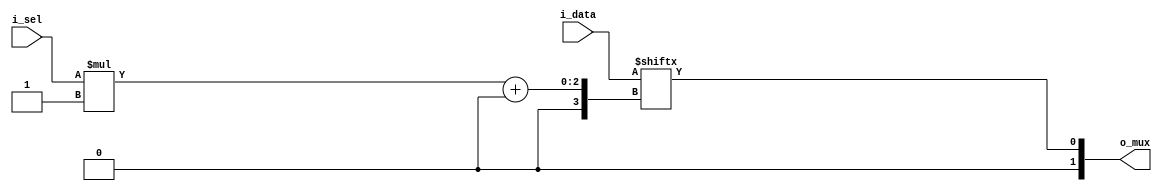
`timescale 1 ns / 1 ps

module libhdl_mux
#(  parameter N = 2,
    parameter W = 1)
(   output wire [N-1:0]         o_mux,
    input  wire [N*W-1:0]       i_data,
    input  wire [$clog2(N)-1:0] i_sel);

assign o_mux = i_data[i_sel*W +: W];

endmodule